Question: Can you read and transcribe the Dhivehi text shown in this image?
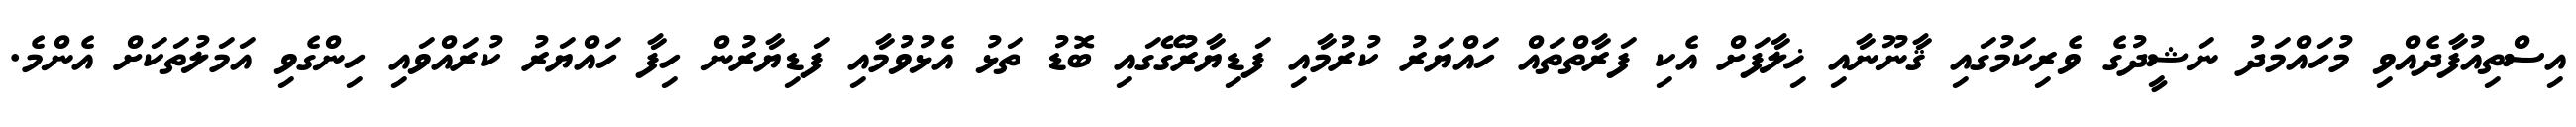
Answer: އިސްތިއުފާދެއްވި މުހައްމަދު ނަޝީދުގެ ވެރިކަމުގައި ޤާނޫނާއި ޚިލާފަށް އެކި ފަރާތްތައް ހައްޔަރު ކުރުމާއި ފަޑިޔާރުގޭގައި ބޮޑު ތަޅު އެޅުވުމާއި ފަޑިޔާރުން ހިފާ ހައްޔަރު ކުރައްވައި ހިންގެވި އަމަލުތަކަށް އެންމެ.